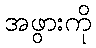
အဖွားကို